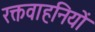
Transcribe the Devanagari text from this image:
रक्तवाहनियों